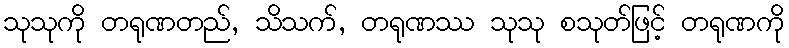
သုသုကို တရုဏတည်, သိသက်, တရုဏဿ သုသု စသုတ်ဖြင့် တရုဏကို